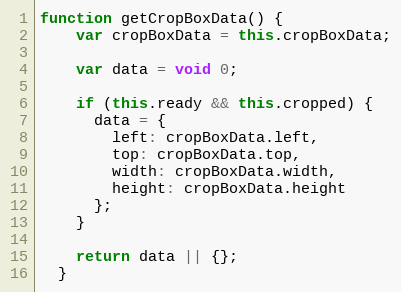
Language: JavaScript
function getCropBoxData() {
    var cropBoxData = this.cropBoxData;

    var data = void 0;

    if (this.ready && this.cropped) {
      data = {
        left: cropBoxData.left,
        top: cropBoxData.top,
        width: cropBoxData.width,
        height: cropBoxData.height
      };
    }

    return data || {};
  }